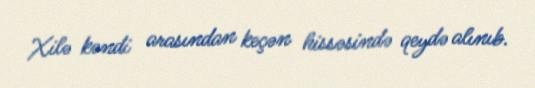
Xilə kəndi arasından keçən hissəsində qeydə alınıb.